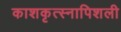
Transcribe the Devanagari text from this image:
काशकृत्स्नापिशली